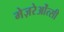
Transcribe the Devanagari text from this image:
मेज़रेओंत्सी